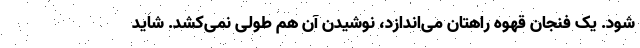
شود. یک فنجان قهوه راهتان می‌اندازد، نوشیدن آن هم طولی نمی‌کشد. شاید